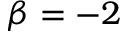
\beta = - 2